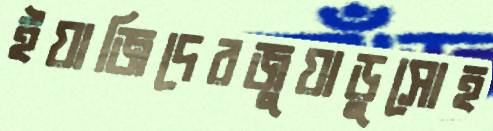
ইয়াজিদেরজুয়াড়ুসোহ